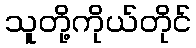
သူတို့ကိုယ်တိုင်